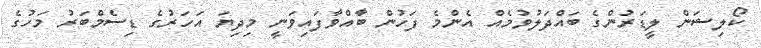
ކޯލިޝަން ލީޑަރުންގެ ބައްދަލުވުމެއް އެންމެ ފަހުން ބާއްވާފައިވަނީ މިދިޔަ އަހަރުގެ ޑިސެމްބަރު މަހުގެ